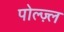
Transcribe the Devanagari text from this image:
पोल्ज़्ल